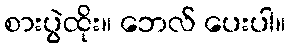
စားပွဲထိုး။ ဘေလ် ပေးပါ။